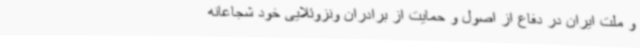
و ملت ایران در دفاع از اصول و حمایت از برادران ونزوئلایی خود شجاعانه